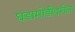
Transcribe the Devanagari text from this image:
घडामोडींवरील